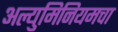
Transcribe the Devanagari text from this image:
अल्युमिनियमचा